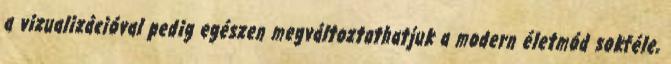
a vizualizációval pedig egészen megváltoztathatjuk a modern életmód sokféle,